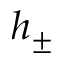
h _ { \pm }